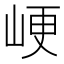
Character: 峺